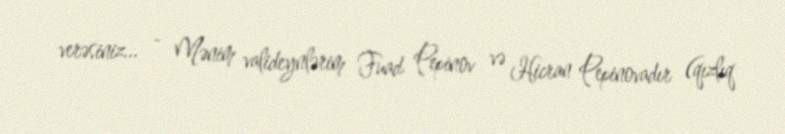
verəsiniz... - Mənim valideynlərim Fuad Pepinov və Hicran Pepinovadır (qızlıq